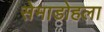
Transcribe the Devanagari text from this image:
सेमाडोहला